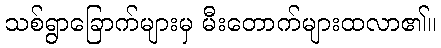
သစ်ရွာခြောက်များမှ မီးတောက်များထလာ၏။